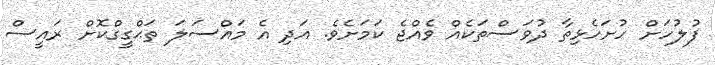
ފުލުހަށް ހުށަހެޅިތާ ދުވަސްތަކެއް ވެއްޖެ ކަމަށެވެ. އަދި އެ މައްސަލަ ތަޙްގީގްކޮށް ރައީސް